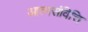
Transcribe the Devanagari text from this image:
आत्मसंवित्ति